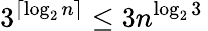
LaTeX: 3^{\lceil\log_{2}n\rceil}\leq 3n^{\log_{2}3}\,